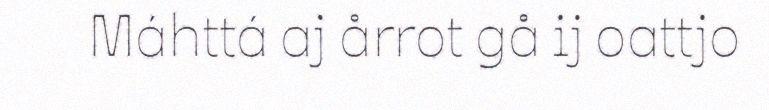
Máhttá aj årrot gå ij oattjo